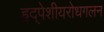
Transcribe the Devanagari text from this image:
हृद्‌पेशीयरोधगलन